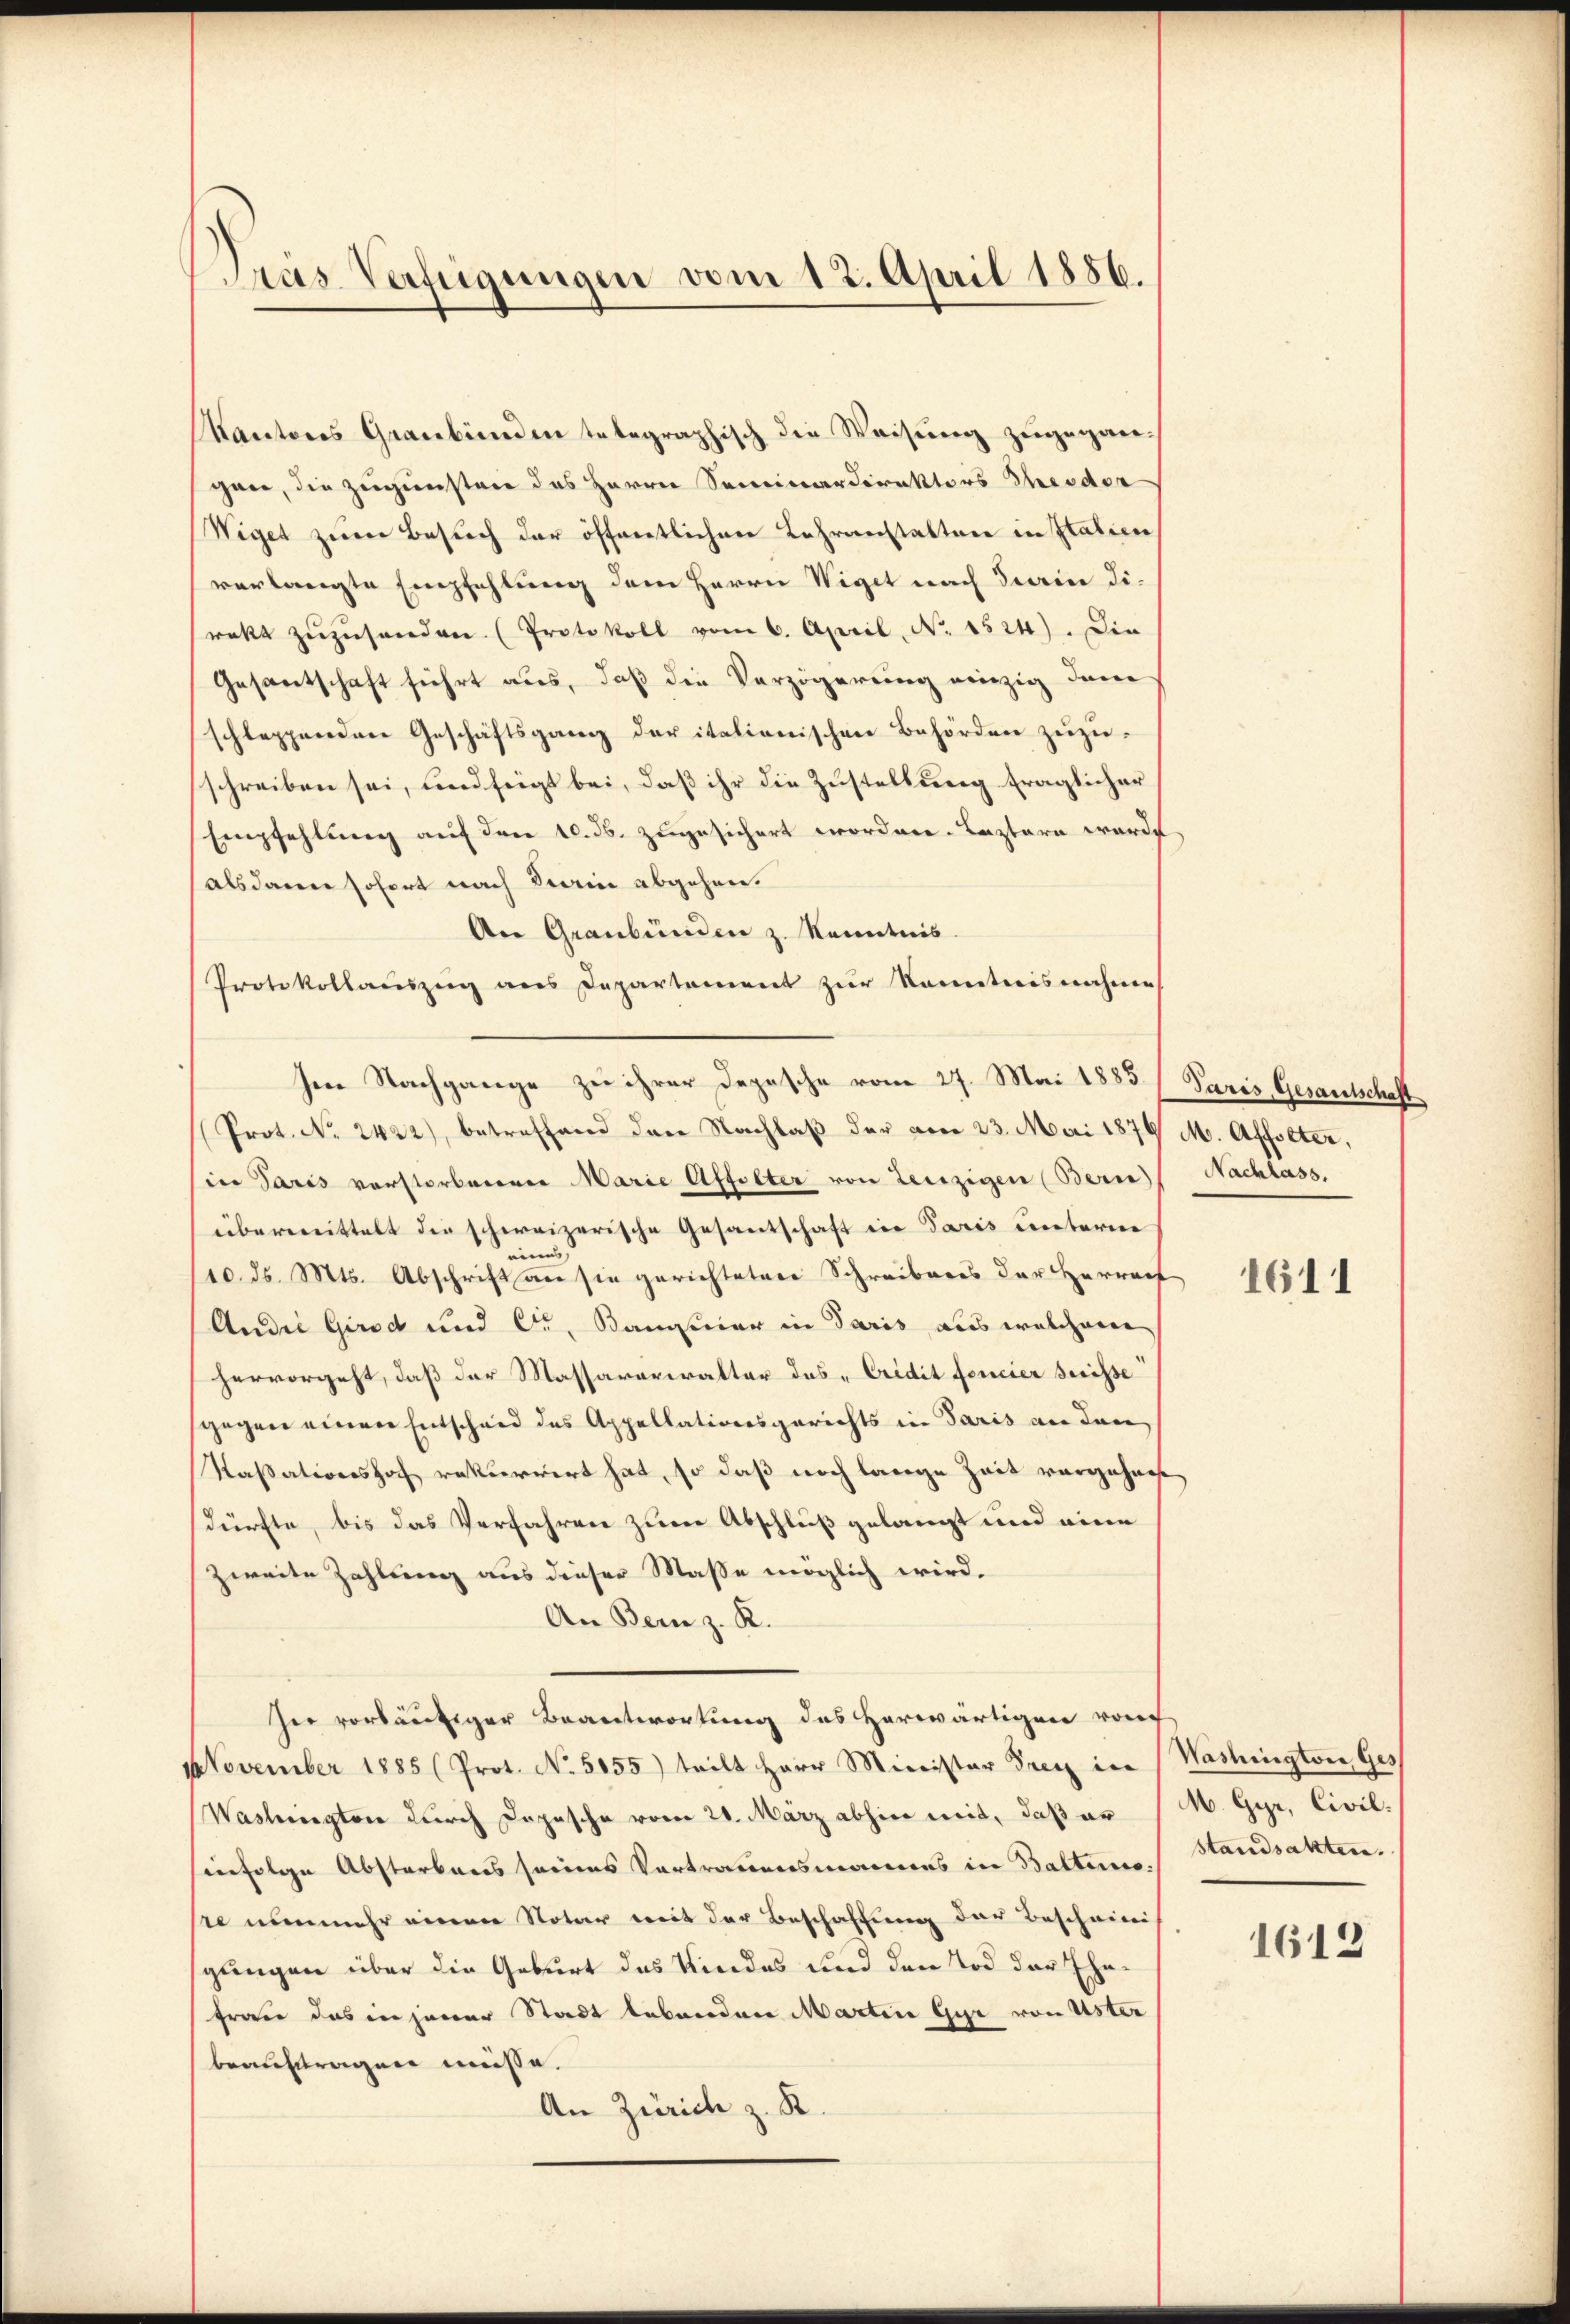
Kantons Graubünden telegraphisch die Weisŭng zŭgegan-
gen, die zugunsten des Herrn Seminardirektors Theodor
Wiget zum Besuch der öffentlichen Lehranstalten in Italien
verlangte Empfehlung dem Herrn Wiget nach darin dirakt zŭzŭsenden. (Protokoll vom 6. April, N. 1524). Die
Gesantschaft führt aus, daß die Verzögerung einzig dane
schleppenden Geschäftsgang der italienischen Behörden zuzuschreiben sei, und fügt bei, daß ihr die Zustellung fraglicher
Empfehlung auf den 10. ds. zugesichert worden. Leztern worde
als dann sofort nach Stain abgehen.
An Graubünden z. Kenntnis.
Protokollaŭszŭg ans Departement zŭr Kenntnisnahme
Prot. No. 2422), betreffend den Nachlaß der am 23. Mai 1879 M. Affolter,
in Paris verstorbenen Marie Affolter von Leuzigen (Bern Nachlass.
übermittelt die schweizerische Gesantschaft in Paris unterm
einen
10. ds. Mts. Abschrift an sie gerichteter Schreibens der Herrech
Andić Girod und Cr, Bangenier in Paris aus welchene
hervorgeht, daß der Massaraviralter des „Eridit foncier Suisse
gegen einen Entscheid des Appellationsgerichts in Paris an den
Kassationshoch rekurrirt hat, so daß noch lange Zeit vorgehen.
dürfte, bis das Verfahren zum Abschluß gelangt und eine
zweite Zahlung aus dieser Masse möglich wird.
An Bern z. R.
her vorläutiger Beantwortung des herwärtigen vor
November 1885 (Prot. No. 5055) teilt Herr Minister Frey in (Washington Ges
Washingten durch Dopische vom 20. März abhin mit, daß er (M. Gyr, Civil-
hinfolge Abstarbens seines Vortrauensmannes in Balten, Standsakten.
sie nunmehr einen Notar mit der Beschaffung der Bescheini
gungen über die Geburt das Kindes und den Tod der Ehefrau das in jener Stadt lebenden Martin Gyr von Uster
beauftragen müsse.
An Zürich z. R.

Pras Verfügungen vom 12. April 1856.

Ien Nachgange zu ihrer Depesche vom 27. Mai 1885 / Paris Gesantschaft

1611

1613